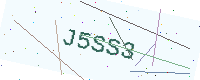
Text: J5SS3